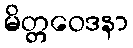
မိတ္တဝေဒနာ